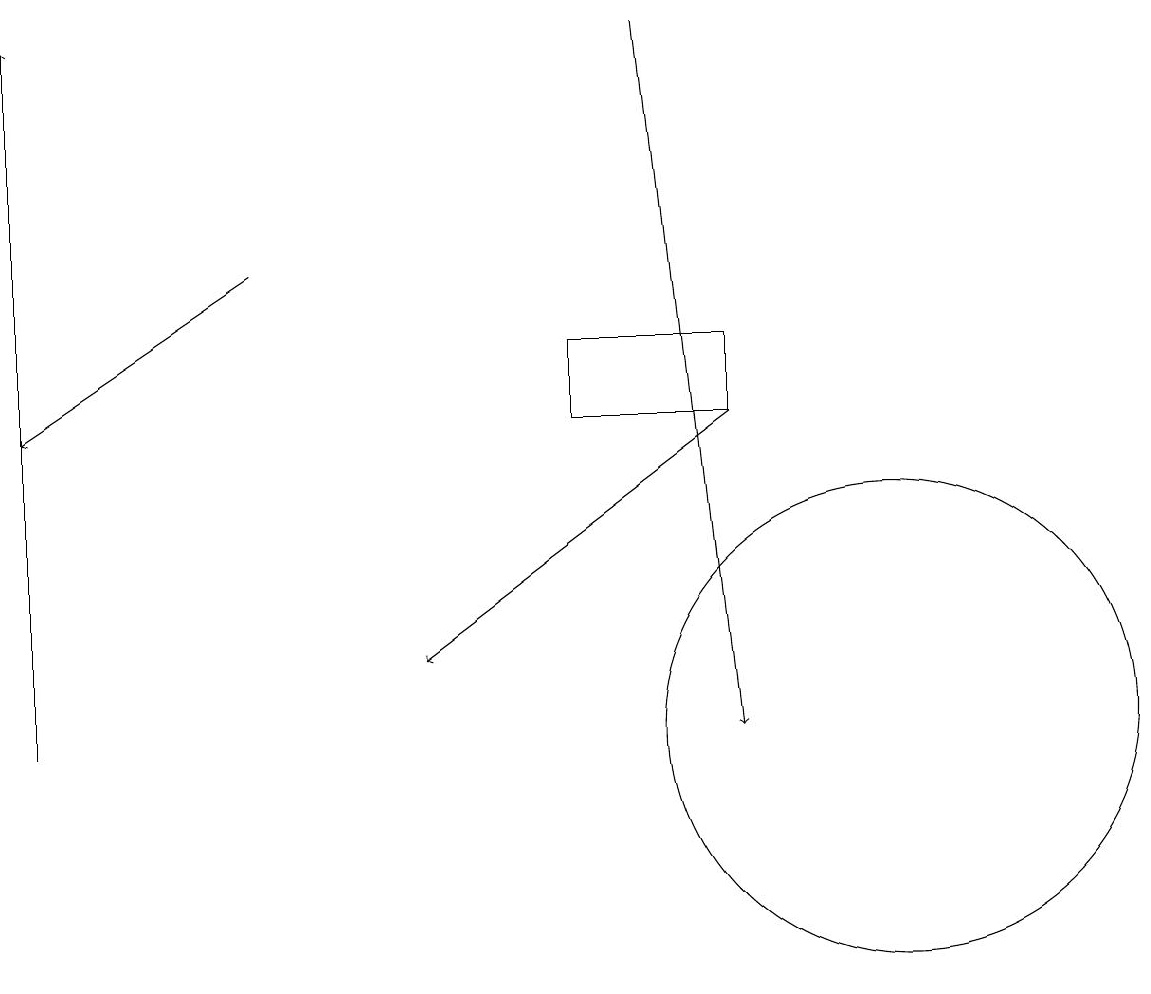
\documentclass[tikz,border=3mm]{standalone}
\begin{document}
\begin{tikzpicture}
\draw (11,10) circle (3);
\draw (9,15) rectangle (7,14);
\draw[->] (0,10) -- (0,19);
\draw[->] (9,14) -- (5,11);
\draw[->] (3,16) -- (0,14);
\draw[->] (8,19) -- (9,10);
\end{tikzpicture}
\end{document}